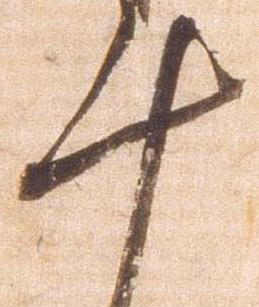
十